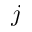
j